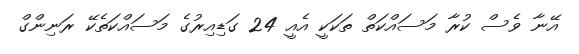
އޭނާ ވެސް ކުރާ މަސައްކަތް ތަކަކީ އެއީ 24 ގަޑިއިރުގެ މަސައްކަތެކޭ ރަނިންގް